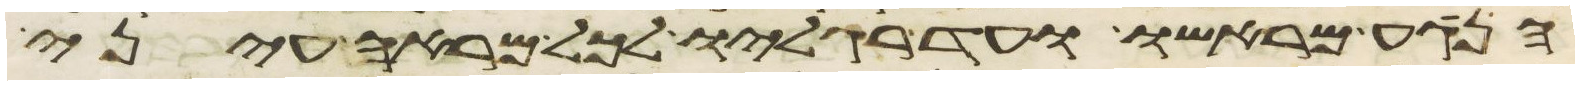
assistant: הנגע מראשו עד רגליו לכל מראה עיני